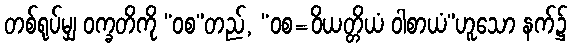
တစ်ရုပ်မျှ ဝက္ခတိကို “ဝစ”တည်, “ဝစ=ဝိယတ္တိယံ ဝါစာယံ”ဟူသော နက်၌